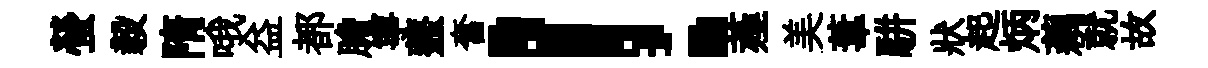
螢毅隋哦益都膽寧虀奮！薤美葦駢狀起炳藕就故